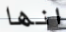
انها